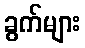
ခွက်များ